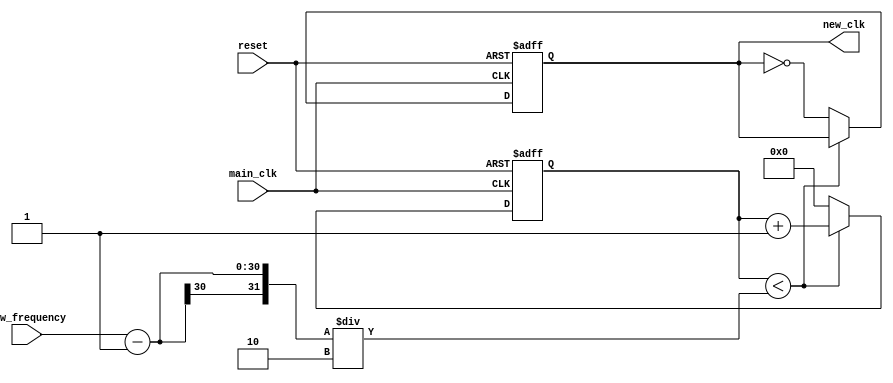
`timescale 1ps / 1ps

module frequency_divider(
    input main_clk,
    input [29:0]new_frequency,
    input reset,
    output reg new_clk
    );
    
    reg [29:0]counter;
    
    always @(posedge main_clk or posedge reset) begin /*begin always*/
        if (reset) begin
            new_clk <= 0;
            counter <= 0;
        end
        else begin
            if (counter < ((new_frequency - 1)/2)) begin
                counter <= counter + 1;
            end
            else begin
                counter <= 0;
                new_clk = (~new_clk);
            end
        end
    end /*end always*/
    
endmodule